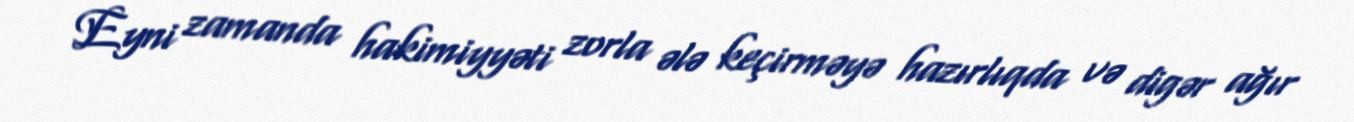
Eyni zamanda hakimiyyəti zorla ələ keçirməyə hazırlıqda və digər ağır